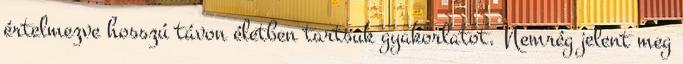
értelmezve hosszú távon életben tartsuk gyakorlatot. Nemrég jelent meg